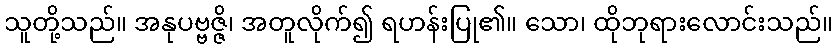
သူတို့သည်။ အနုပဗ္ဗဇ္ဇိ၊ အတူလိုက်၍ ရဟန်းပြု၏။ သော၊ ထိုဘုရားလောင်းသည်။